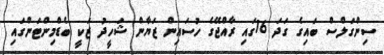
ސިންގަލްސް ބައިގެ ގަދަ 16ގައި ރާއްޖޭގެ ހުސައިން ޒަޔާން ޝަހީދު ޒަކީ ބެޑްމިންޓަންގައި